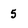
Character: 5